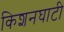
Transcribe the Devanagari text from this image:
किशनघाटी